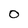
Character: 0